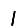
Digit: 1